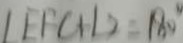
\angle E F C + \angle 2 = 1 8 0 ^ { \circ }